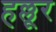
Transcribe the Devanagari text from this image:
हल्लूर